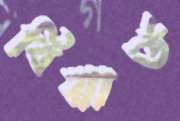
বিয়ার্ড